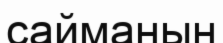
сайманын